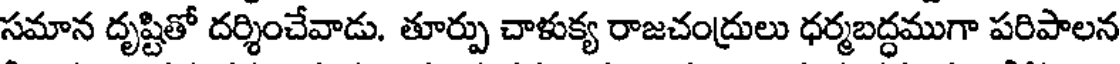
సమాన దృష్టితో దర్శించేవాడు. తూర్పు చాళుక్య రాజచంద్రులు ధర్మబద్ధముగా పరిపాలన